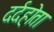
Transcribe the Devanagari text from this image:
दर्दहोता